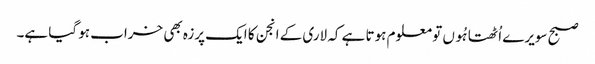
صبح سویرے اُٹھتا ہُوں تو معلوم ہوتا ہے کہ لاری کے انجن کا ایک پرزہ بھی خراب ہو گیا ہے۔